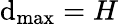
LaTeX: \mathrm{d}_{\mathrm{max}}=H